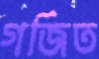
গর্জিত